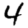
Digit: 4